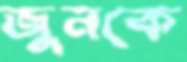
জুনকে